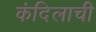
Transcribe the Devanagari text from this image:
कंदिलाची